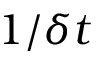
1 / \delta t